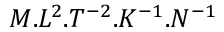
M . L ^ { 2 } . T ^ { - 2 } . K ^ { - 1 } . N ^ { - 1 }